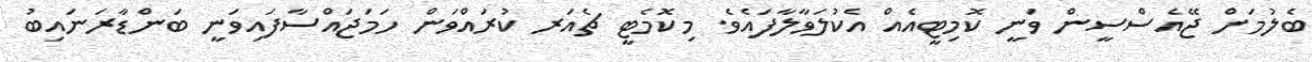
ބެލުމަށް ޖޭއެސްސީން ވަނީ ކޮމިޓީއެއް އެކުލަވާލާފައެވެ. މިކޮމެޓީ ޗެއަރ ކުރައްވަން ހަމަޖައްސާފައިވަނީ ބަންޑާރަނައިބު